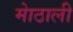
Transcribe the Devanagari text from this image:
माेठाली